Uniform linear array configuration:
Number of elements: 24
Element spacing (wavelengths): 0.5
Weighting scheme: binomial
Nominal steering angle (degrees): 0
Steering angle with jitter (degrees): -0.978
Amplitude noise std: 0.05
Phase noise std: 0.05

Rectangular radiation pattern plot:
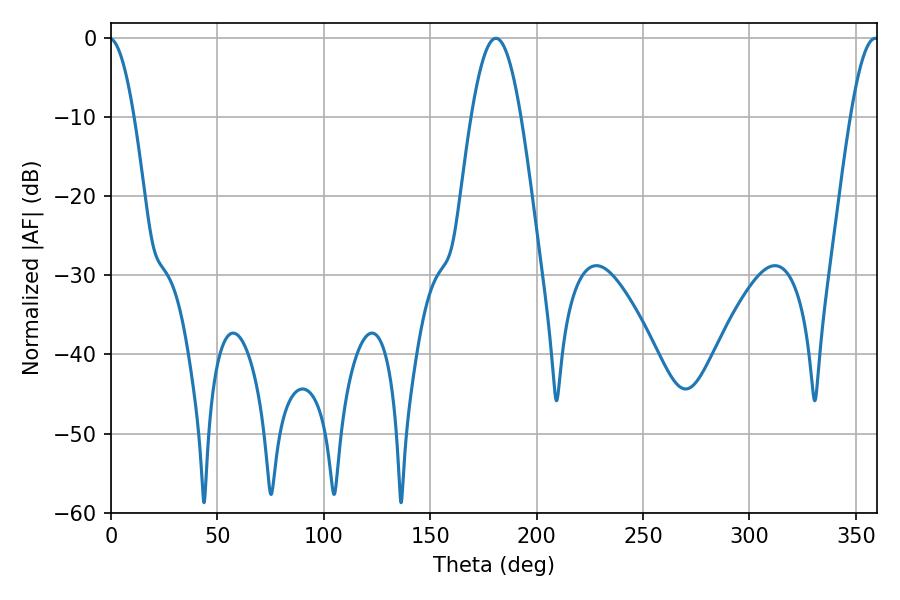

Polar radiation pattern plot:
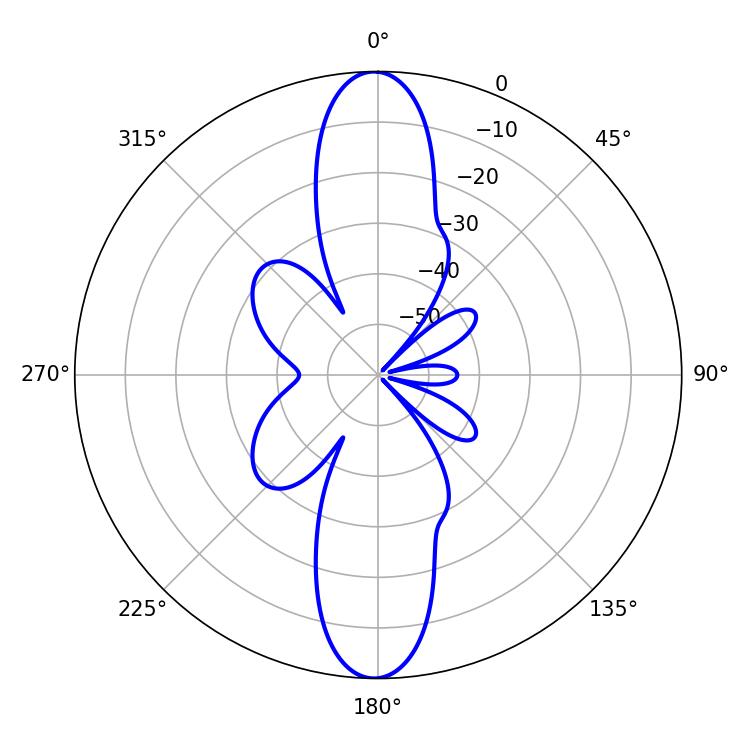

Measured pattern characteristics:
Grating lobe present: FALSE
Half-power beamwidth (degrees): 12.6
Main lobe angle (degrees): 180.9